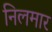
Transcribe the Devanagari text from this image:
निलमार